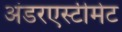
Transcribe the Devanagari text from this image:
अंडरएस्टीमेट